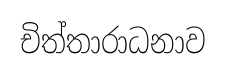
චිත්තාරාධනාව